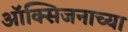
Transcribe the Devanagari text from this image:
ऑक्सिजनाच्या